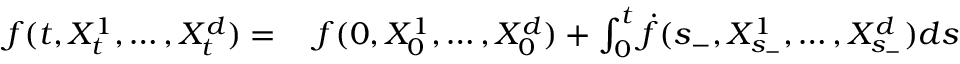
\begin{array} { r l } { f ( t , X _ { t } ^ { 1 } , \ldots , X _ { t } ^ { d } ) = { } } & { { } f ( 0 , X _ { 0 } ^ { 1 } , \ldots , X _ { 0 } ^ { d } ) + \int _ { 0 } ^ { t } { \dot { f } } ( { s _ { - } } , X _ { s _ { - } } ^ { 1 } , \ldots , X _ { s _ { - } } ^ { d } ) d { s } } \end{array}